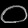
Digit: ၀